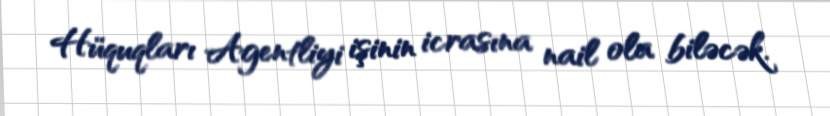
Hüquqları Agentliyi işinin icrasına nail ola biləcək.